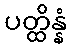
ပတ္ထိန္နံ